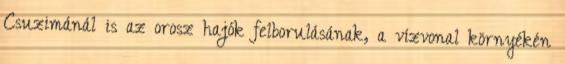
Csuzimánál is az orosz hajók felborulásának, a vízvonal környékén